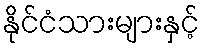
နိုင်ငံသားများနှင့်